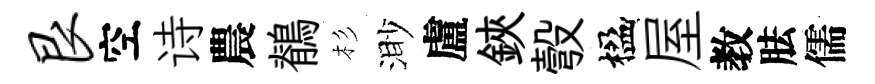
艮空诗農鶺杉渺盧鋏彀楹屋教胠儒